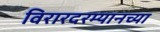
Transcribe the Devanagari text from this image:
विरारदरम्यानच्या